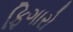
ફિગારો